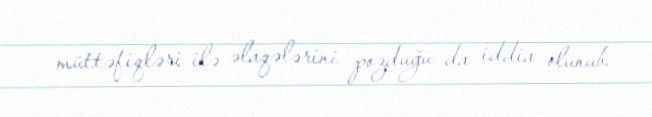
müttəfiqləri ilə əlaqələrini pozduğu da iddia olunub.